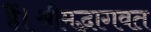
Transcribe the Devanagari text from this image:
हैं।श्रीमद्भागवत